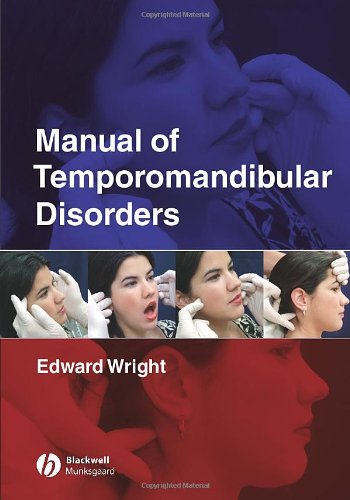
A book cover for Manual of Temporomandibular Disorders; Edward F. Wright; Medical Books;